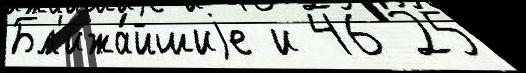
Бл'ижа́йшиjе и 46 25